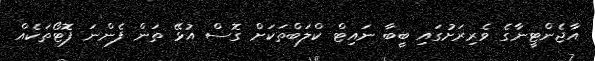
އާޖެންޓީނާގެ ވެރިރަށުގައި ބީބާ ނައިޓް ކްލަބްތަކަށް ގޮސް އުޅޭ ތަން ފެންނަ ފޮޓޯތަކެއް